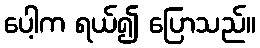
ပေါ့က ရယ်၍ ပြောသည်။